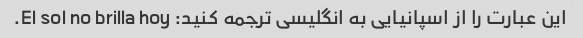
این عبارت را از اسپانیایی به انگلیسی ترجمه کنید: El sol no brilla hoy.